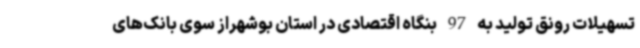
تسهیلات رونق تولید به 97 بنگاه اقتصادی در استان بوشهراز سوی بانک‌های